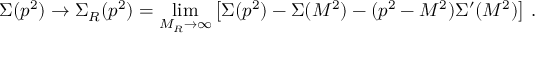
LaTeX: \Sigma ( p ^ { 2 } ) \rightarrow \Sigma _ { R } ( p ^ { 2 } ) = \operatorname * { l i m } _ { M _ { R } \rightarrow \infty } \left[ \Sigma ( p ^ { 2 } ) - \Sigma ( M ^ { 2 } ) - ( p ^ { 2 } - M ^ { 2 } ) \Sigma ^ { \prime } ( M ^ { 2 } ) \right] \, .